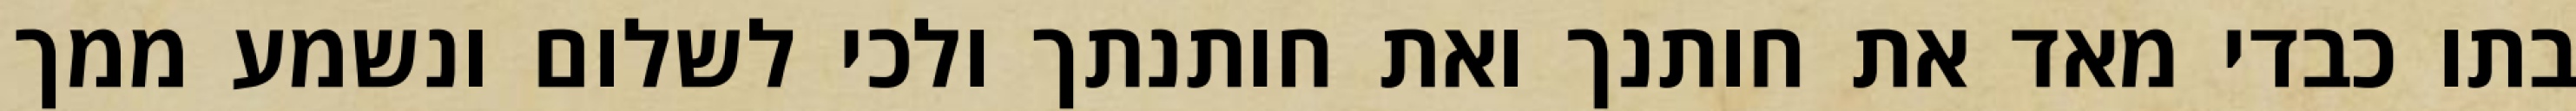
בתו כבדי מאד את חותנך ואת חותנתך ולכי לשלום ונשמע ממך